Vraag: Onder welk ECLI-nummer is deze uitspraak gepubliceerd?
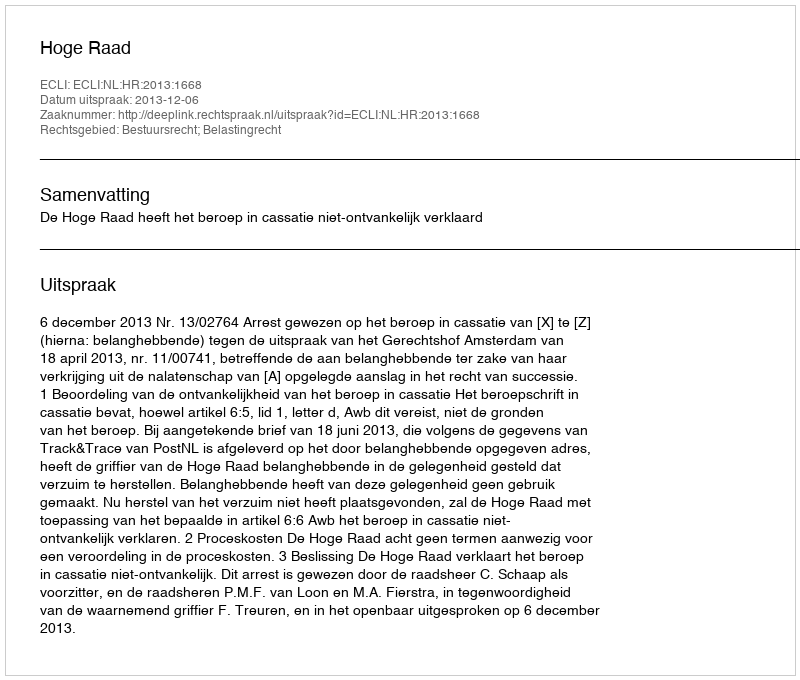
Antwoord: ECLI:NL:HR:2013:1668